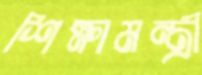
শিক্ষামন্ত্রী